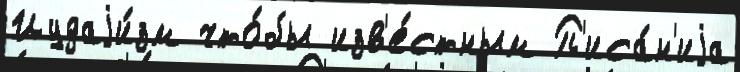
Иудаjи́зм что́бы изв'е́стным П'иса́н'иjа